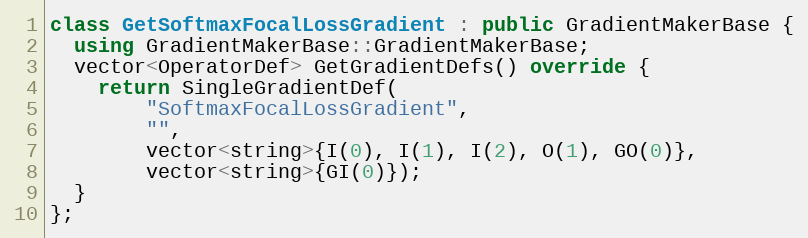
Language: C++
class GetSoftmaxFocalLossGradient : public GradientMakerBase {
  using GradientMakerBase::GradientMakerBase;
  vector<OperatorDef> GetGradientDefs() override {
    return SingleGradientDef(
        "SoftmaxFocalLossGradient",
        "",
        vector<string>{I(0), I(1), I(2), O(1), GO(0)},
        vector<string>{GI(0)});
  }
};